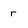
Character: r